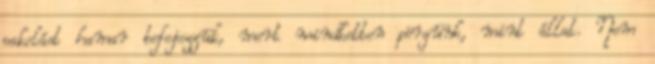
pakolást hamar befejezzük, mert mindketten pörgünk, mint állat. Nem